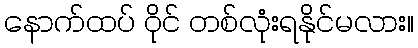
နောက်ထပ် ဝိုင် တစ်လုံးရနိုင်မလား။